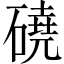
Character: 磽